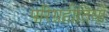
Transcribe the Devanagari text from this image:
परिग्रहीतियों